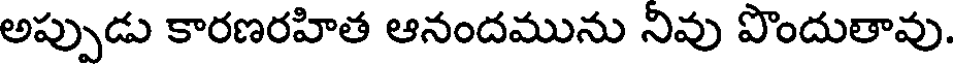
అప్పుడు కారణరహిత ఆనందమును నివు పొందుతావు.